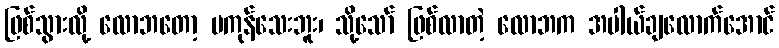
ဖြစ်သွားလို့ လောဘတော့ မကုန်သေးဘူး၊ သို့သော် ဖြစ်လာတဲ့ လောဘက အပါယ်ချလောက်အောင်